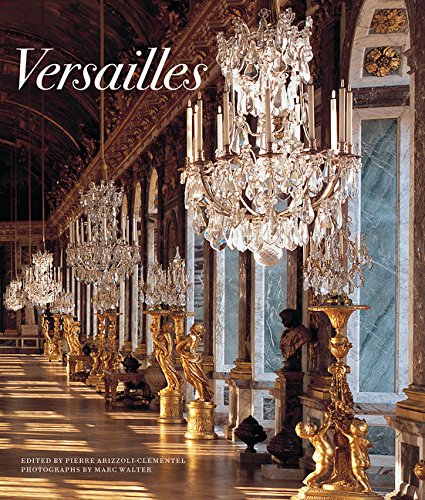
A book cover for Versailles; History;